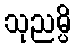
သုညမ္ပိ